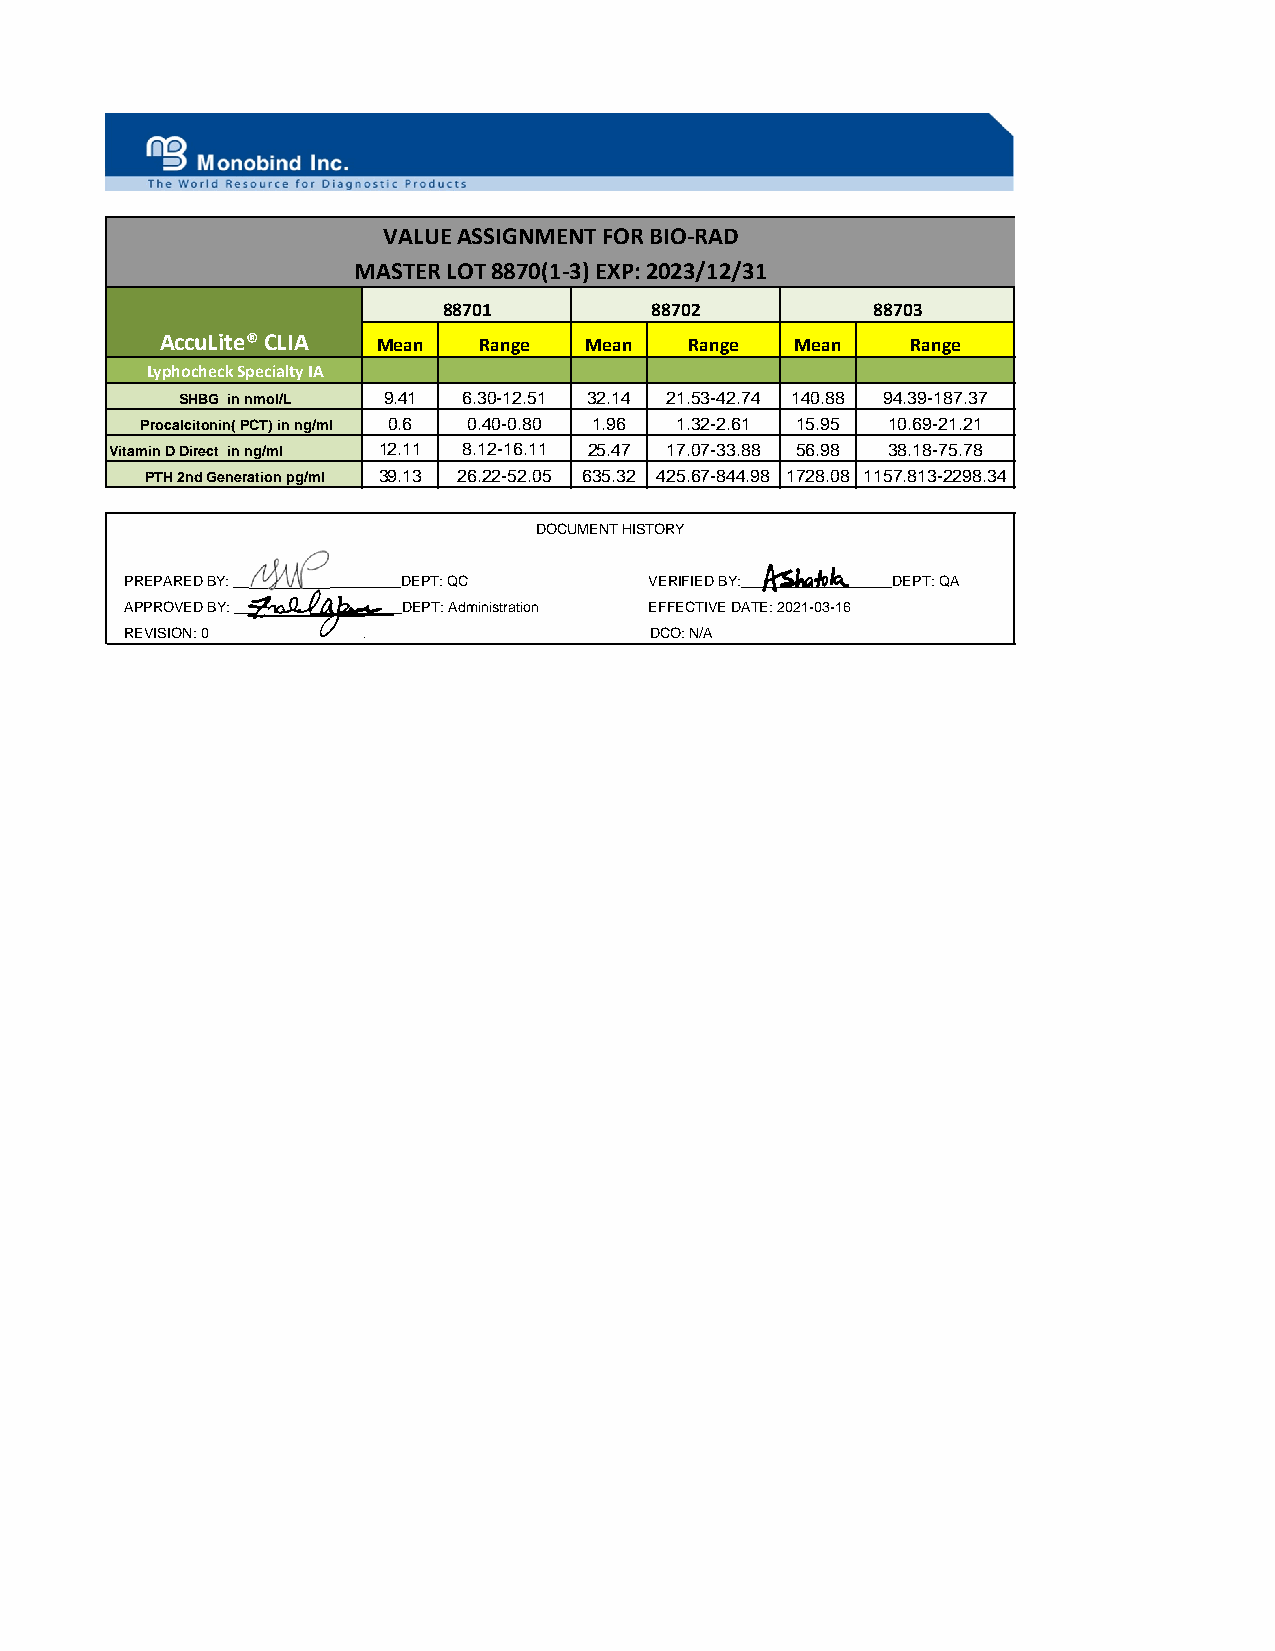
VALUE ASSIGNMENT FOR BIO‐RAD
 MASTER LOT 8870(1‐3) EXP: 2023/12/31
 88701         88702          88703
 AccuLite® CLIA Mean  Range  Mean   Range  Mean   Range
 Lyphocheck Specialty IA
 SHBG in nmol/L 9.41 6.30-12.51 32.14 21.53-42.74 140.88 94.39-187.37
 Procalcitonin( PCT) in ng/ml 0.6 0.40-0.80 1.96 1.32-2.61 15.95 10.69-21.21
 Vitamin D Direct in ng/ml 12.11 8.12-16.11 25.47 17.07-33.88 56.98 38.18-75.78
 PTH 2nd Generation pg/ml 39.13 26.22-52.05 635.32 425.67-844.98 1728.08 1157.813-2298.34
 DOCUMENT HISTORY
 PREPARED BY: _____________________DEPT: QC VERIFIED BY:___________________DEPT: QA
 APPROVED BY: _____________________DEPT: Administration EFFECTIVE DATE: 2021-03-16
 REVISION: 0                        DCO: N/A